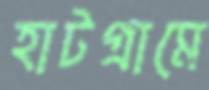
হাটগ্রামে